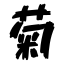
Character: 菊